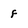
Character: f